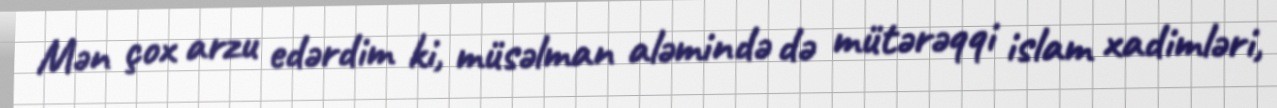
Mən çox arzu edərdim ki, müsəlman aləmində də mütərəqqi islam xadimləri,